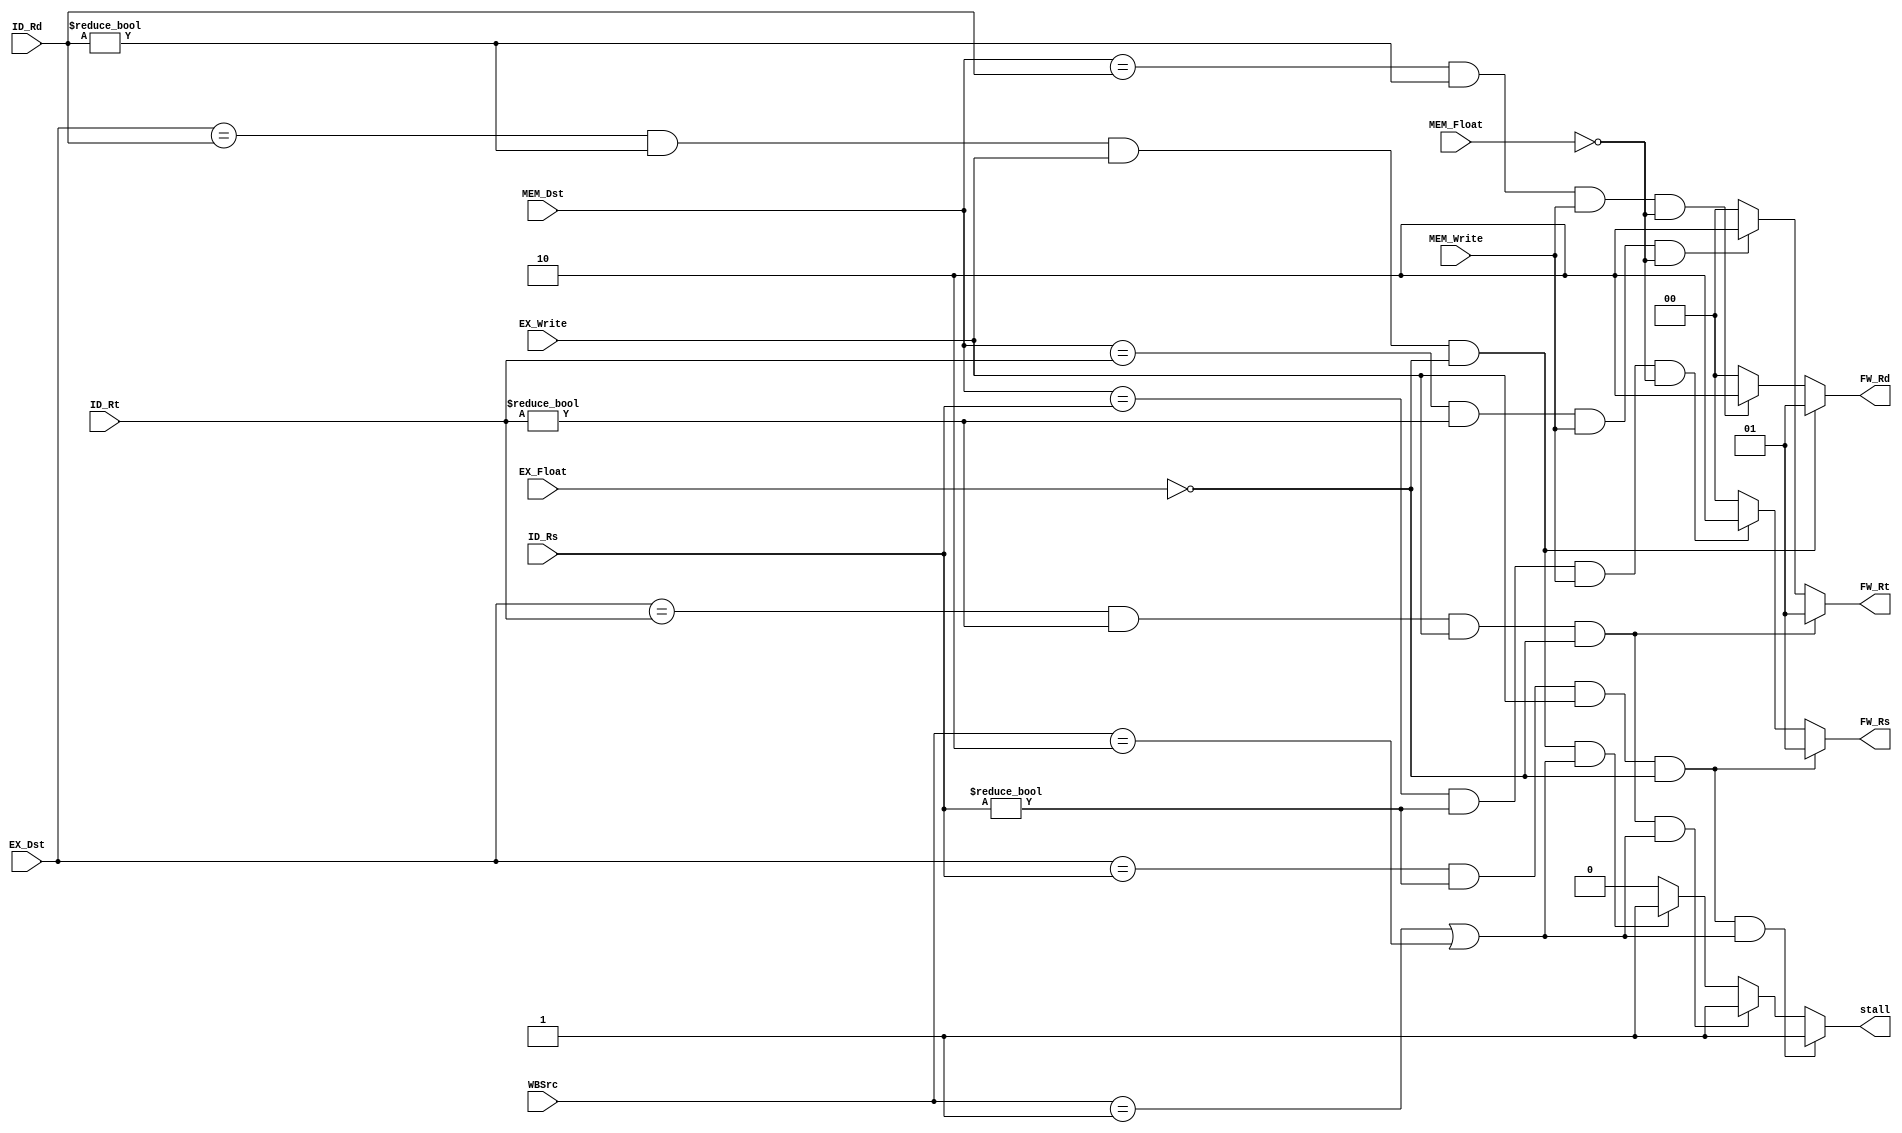
module forwardingUnit(ID_Rs, ID_Rt, ID_Rd, 
EX_Dst, MEM_Dst, EX_Write, MEM_Write, EX_Float, MEM_Float, WBSrc,
FW_Rd, FW_Rt, FW_Rs, stall);

    input [4:0] ID_Rs, ID_Rt, ID_Rd, EX_Dst, MEM_Dst;
    input EX_Write, MEM_Write, EX_Float, MEM_Float;
    input [1:0] WBSrc;
    output [1:0] FW_Rd, FW_Rt, FW_Rs;
    output stall;

    reg [1:0] FW_Rd, FW_Rt, FW_Rs;
    reg stall;

    initial begin
        FW_Rd = 0;
        FW_Rt = 0;
        FW_Rs = 0; 
        stall = 0;
    end

    always @(*) begin
        FW_Rd = 0;
        FW_Rt = 0;
        FW_Rs = 0; 
        stall = 0;
        // Load and use Hazard (Stall Condition)
        //Rs
        if ((EX_Dst == ID_Rs) && (ID_Rs != 0) && (EX_Write) && (~ EX_Float) && ((WBSrc == 1) || (WBSrc == 2))) begin
            stall = 1;
        end
        //Rst
        else if ((EX_Dst == ID_Rt) && (ID_Rt != 0) && (EX_Write) && (~ EX_Float) && ((WBSrc == 1) || (WBSrc == 2))) begin
            stall = 1;
        end
        //Rd
        else if ((EX_Dst == ID_Rd) && (ID_Rd != 0) && (EX_Write) && (~ EX_Float) && ((WBSrc == 1) || (WBSrc == 2))) begin
            stall = 1;
        end
        

        // MEM-ALU Forwarding , no need to add the condition for not ALU-ALU forwarding, since it is checked afterwards and will overwrite value if satisfied
        // Rs 
        if ((MEM_Dst == ID_Rs) && (ID_Rs != 0) && (MEM_Write) && (~ MEM_Float)) begin
            FW_Rs = 2; 
        end
        // Rt    
        if  ((MEM_Dst == ID_Rt) && (ID_Rt != 0) && (MEM_Write) && (~ MEM_Float))  begin
            FW_Rt = 2;
        end
        // Rd    
        if  ((MEM_Dst == ID_Rd) && (ID_Rd != 0) && (MEM_Write) && (~ MEM_Float))  begin
            FW_Rd = 2;
        end


        // ALU-ALU Forwarding
        // Rs
        if ((EX_Dst == ID_Rs) && (ID_Rs != 0) && (EX_Write) && (~ EX_Float)) begin
            FW_Rs = 1; 
        end
        // Rt
        if ((EX_Dst == ID_Rt) && (ID_Rt != 0) && (EX_Write) && (~ EX_Float)) begin
            FW_Rt = 1;
        end
        // Rd
        if ((EX_Dst == ID_Rd) && (ID_Rd != 0) && (EX_Write) && (~ EX_Float)) begin
            FW_Rd = 1;
        end
    end

endmodule